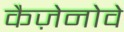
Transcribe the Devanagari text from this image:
कैज़ेनोवे